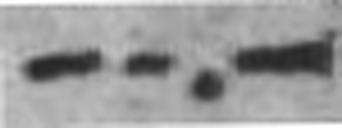
—.—